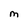
Character: M